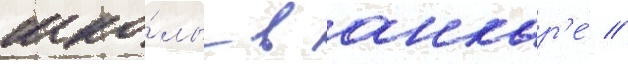
шко́лы в анкар'е́ //